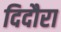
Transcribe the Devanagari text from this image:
दिदौरा